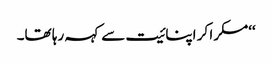
‘‘مسکرا کر اپنائیت سے کہہ رہا تھا۔